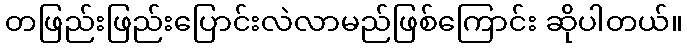
တဖြည်းဖြည်းပြောင်းလဲလာမည်ဖြစ်ကြောင်း ဆိုပါတယ်။